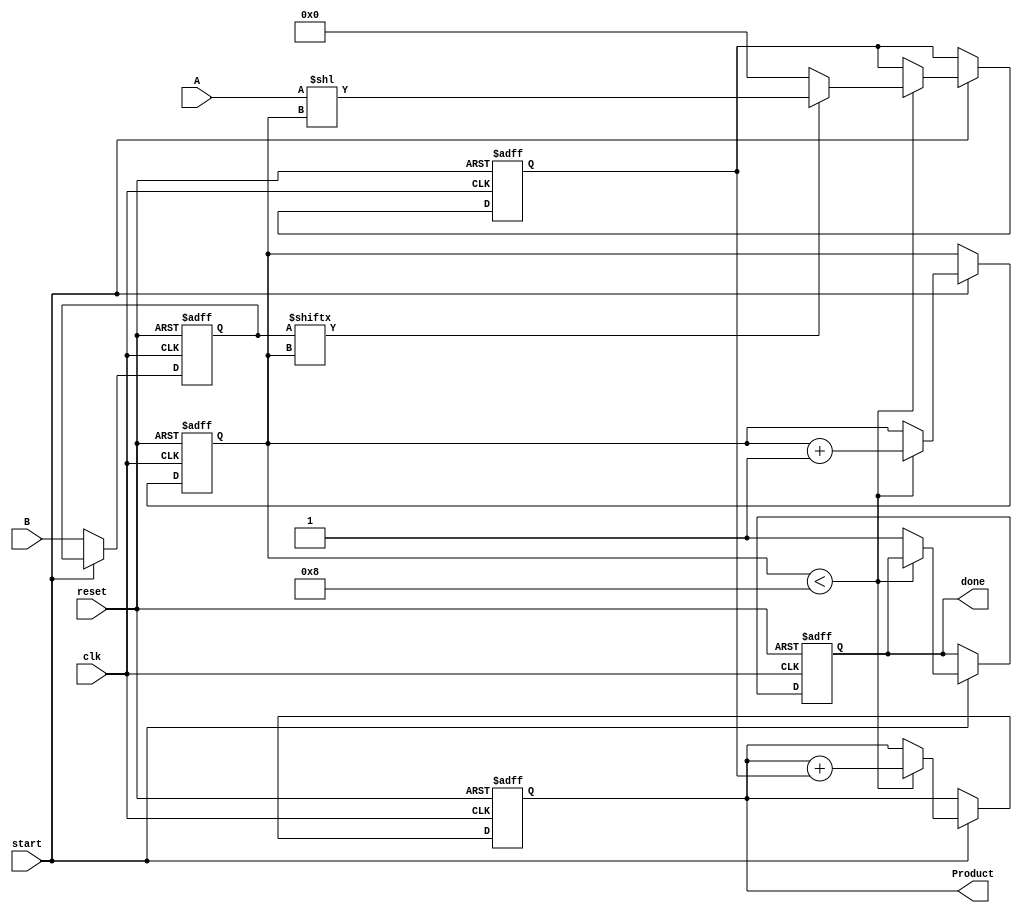
module PartialProductAccumulator #(
    parameter N = 8, // Bit-width of multiplicand
    parameter M = 8  // Bit-width of multiplier
)(
    input  wire [N-1:0] A,        // Multiplicand
    input  wire [M-1:0] B,        // Multiplier
    input  wire clk,               // Clock signal
    input  wire reset,             // Asynchronous reset
    input  wire start,             // Start signal
    output reg [N+M-1:0] Product,  // Final product
    output reg done                // Done signal
);

    reg [N+M-1:0] partial_product; // Register to hold the current partial product
    reg [M-1:0] multiplier;         // Register to hold the multiplier
    reg [3:0] count;                // Counter for the number of bits processed

    always @(posedge clk or posedge reset) begin
        if (reset) begin
            Product <= 0;
            partial_product <= 0;
            multiplier <= 0;
            count <= 0;
            done <= 0;
        end else if (start) begin
            if (count < M) begin
                // Generate partial product based on the current bit of the multiplier
                if (multiplier[count]) begin
                    partial_product <= A << count; // Shift A left by count
                end else begin
                    partial_product <= 0; // No contribution if the bit is 0
                end
                
                // Accumulate the partial product
                Product <= Product + partial_product;
                
                // Increment the count
                count <= count + 1;
            end else begin
                // All bits processed
                done <= 1;
            end
        end else begin
            // Load the multiplier on start
            multiplier <= B;
        end
    end

endmodule